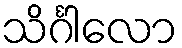
သိင်္ဂါလော